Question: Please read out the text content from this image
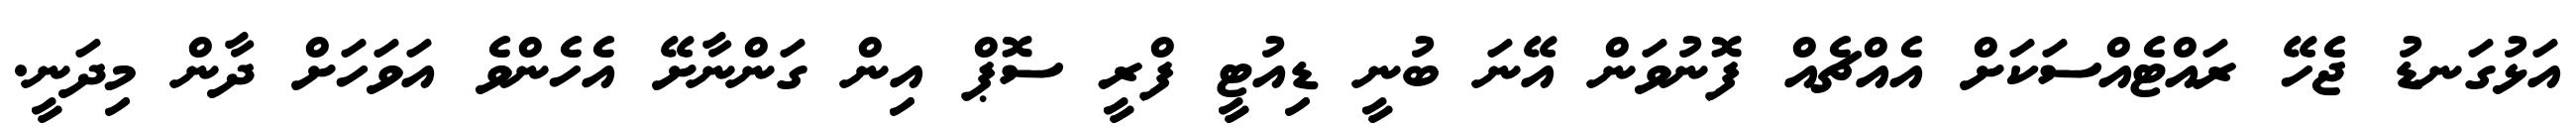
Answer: އަޅުގަނޑު ޖެހޭ ރައްޓެއްސަކަށް އެއްޗެއް ފޮނުވަން އޭނަ ބުނީ ޑިއުޓީ ފްރީ ސޮޕް އިން ގަންނާށޭ އެހެންވެ އަވަހަށް ދާން މިދަނީ.